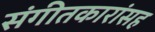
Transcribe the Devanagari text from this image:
संगीतकारांसह